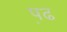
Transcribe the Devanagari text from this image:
प़ढ